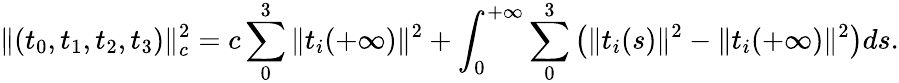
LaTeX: \| (t_{0},t_{1},t_{2},t_{3})\| _{c}^{2}=c\sum_{0}^{3}\| t_{i}(+\infty)\| ^{2}+\int_{0}^{+\infty}\sum_{0}^{3}\left(\| t_{i}(s)\| ^{2}-\| t_{i}(+\infty)\| ^{2}\right)ds.